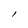
Character: l